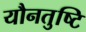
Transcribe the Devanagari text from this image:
यौनतुष्टि